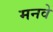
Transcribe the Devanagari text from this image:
मनवे